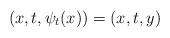
LaTeX: \begin{align*}(x,t,\psi_t(x))=(x,t,y)\end{align*}